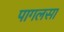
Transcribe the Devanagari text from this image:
पागलसा